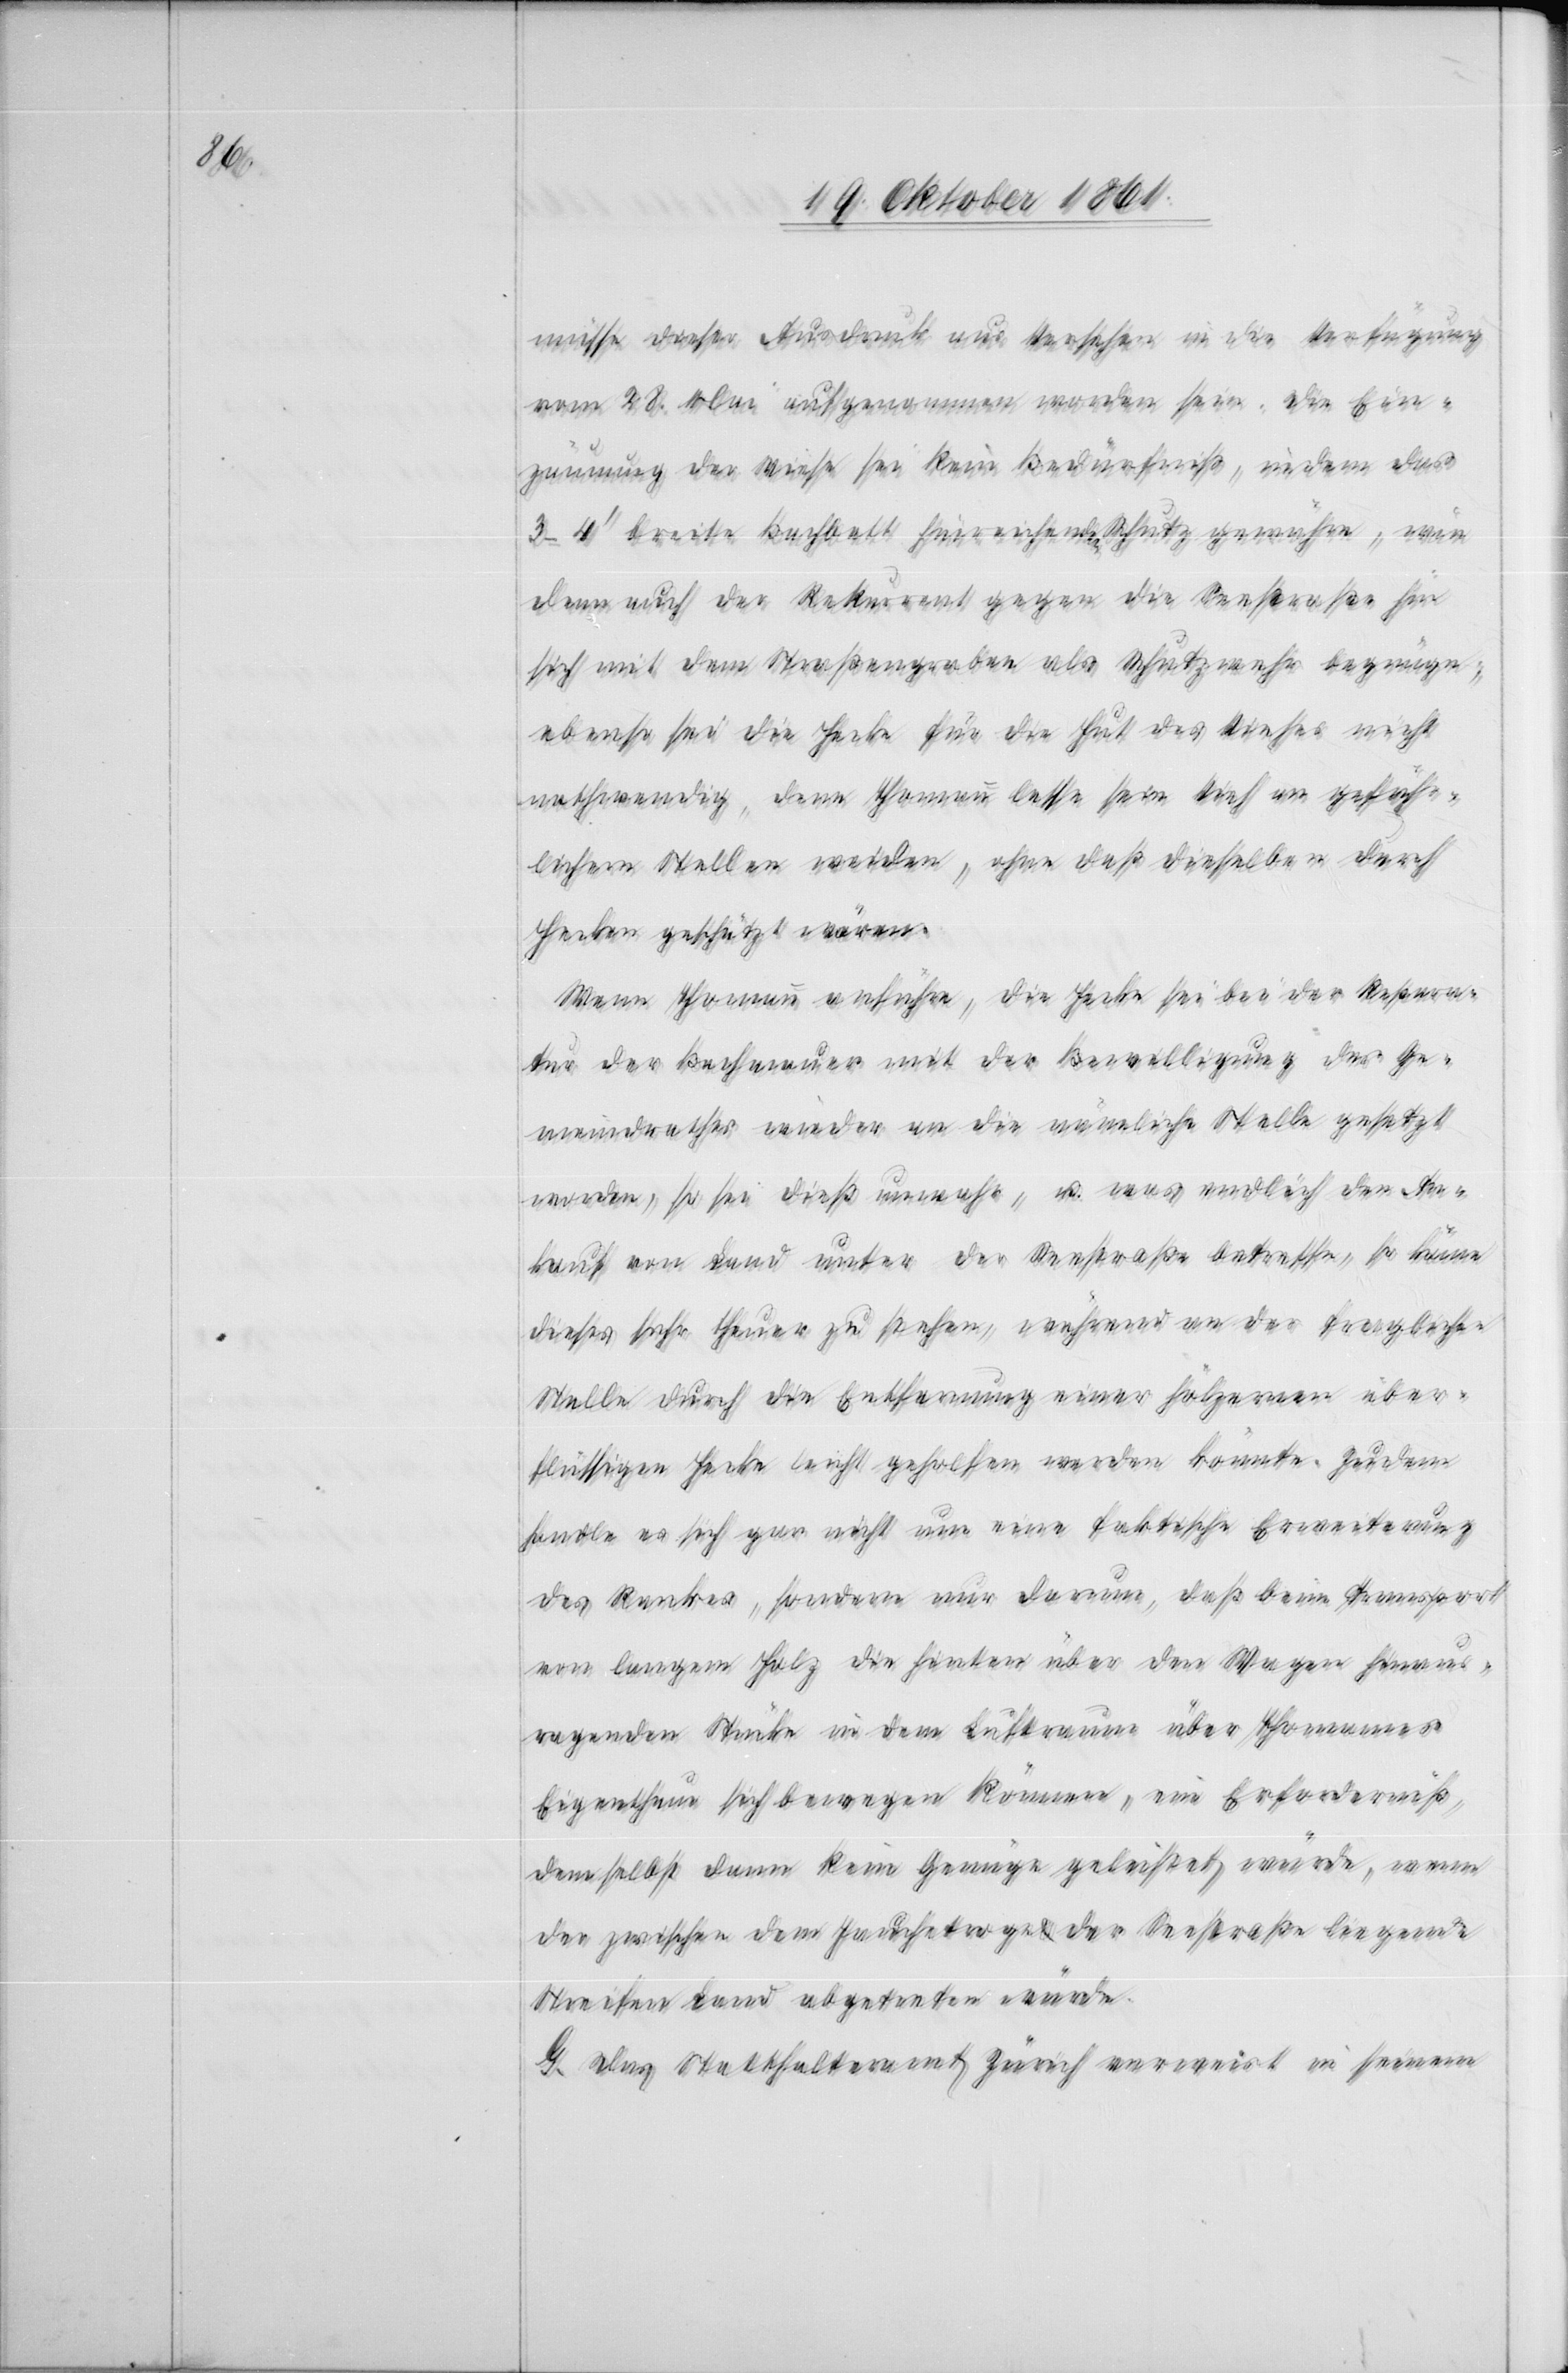
müsse dieser Ausdruck aus Versehen in die Verfügung
vom 28 Mai aufgenommen worden sein. Die Ein¬
zäunung der Wiese sei kein Bedürfniß, indem das
3–4’ breite Bachbett hinreichend Schutz gewähre, wie
dann auch der Rekurrent gegen die Seestraße hin
sich mit dem Straßengraben als Schutzwehr begnüge,
ebenso sei die Hecke für die Hut des Viehes nicht
nothwendig, denn Thomann lasse sein Vieh an gefähr¬
lichern Stellen weiden, ohne daß dieselben durch
Hecken geschützt wären.
Wenn Thomann anführe, die Hecke sei bei der Repara¬
tur der Bachmauer mit der Bewilligung des Ge¬
meindrathes wieder an die nämliche Stelle gesetzt
worden, so sei dieß unrecht, u. was endlich der An¬
kauf von Land unter der Straße betreffe, so käme
dieses sehr theuer zu stehen, während an der fraglichen
Stelle durch die Entfernung einer hölzernen über¬
flüssigen Hecke leicht geholfen werden könnte. Zudem
handle es sich gar nicht um eine faktische Erweiterung
des Rankes, sondern nur darum, daß beim Transport
von langem Holz die hinten über den Wagen hinaus¬
ragenden Stücke in dem Luftraum über Thomanns
Eigenthum sich bewegen können, ein Erforderniß,
dem selbst dann kein Genüge geleistet würde, wenn
der zwischen dem Jauchtroge u. der Seestraße liegende
Streifen Land abgetreten würde.
G. Das Statthalteramt Zürich verweist in seinem